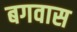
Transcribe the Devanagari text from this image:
बगवास